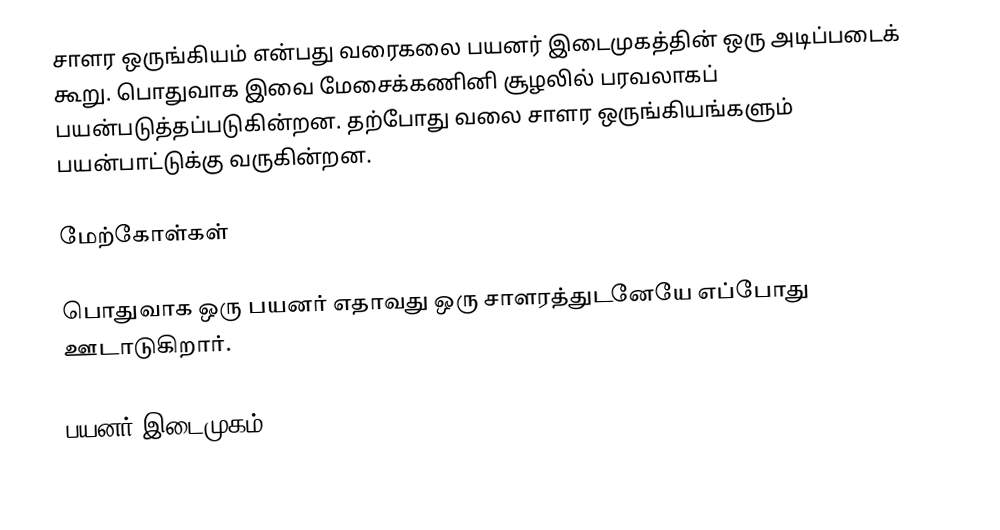
சாளர ஒருங்கியம் என்பது வரைகலை பயனர் இடைமுகத்தின் ஒரு அடிப்படைக் கூறு.  பொதுவாக இவை மேசைக்கணினி சூழலில் பரவலாகப் பயன்படுத்தப்படுகின்றன.  தற்போது வலை சாளர ஒருங்கியங்களும் பயன்பாட்டுக்கு வருகின்றன.

மேற்கோள்கள்

பொதுவாக ஒரு பயனர் எதாவது ஒரு சாளரத்துடனேயே எப்போது ஊடாடுகிறார்.

பயனர் இடைமுகம்